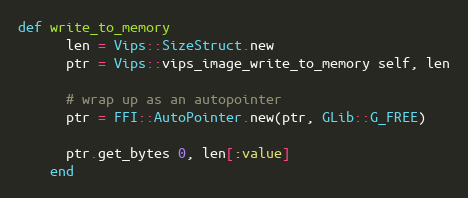
Language: Ruby
def write_to_memory
      len = Vips::SizeStruct.new
      ptr = Vips::vips_image_write_to_memory self, len

      # wrap up as an autopointer
      ptr = FFI::AutoPointer.new(ptr, GLib::G_FREE)

      ptr.get_bytes 0, len[:value]
    end